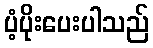
ပံ့ပိုးပေးပါသည်